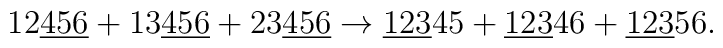
12\underline{456}+13\underline{456}+23\underline{456}\rightarrow \underline{123}45+\underline{123}46+\underline{123}56.